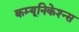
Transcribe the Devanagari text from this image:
कम्यूनिकेश्न्स